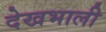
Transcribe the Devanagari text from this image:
देखभाली